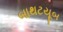
બાથટયૂબ